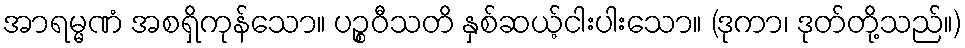
အာရမ္မဏံ အစရှိကုန်သော။ ပဉ္စဝီသတိ နှစ်ဆယ့်ငါးပါးသော။ (ဒုကာ၊ ဒုတ်တို့သည်။)